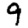
Digit: 9